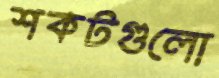
শকটগুলো